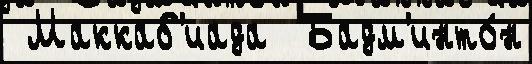
 Маккаб'иада  Бадм'инто́н